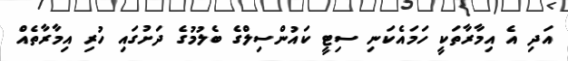
އަދި އެ އިމާރާތަކީ ހަމައެކަނި ސިޓީ ކައުންސިލްގެ ބެލުމުގެ ދަށުގައި ހުރި އިމާރާތެއް